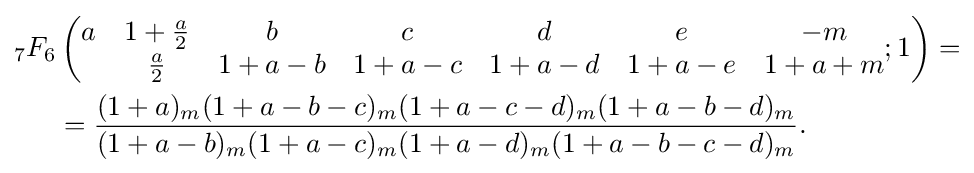
{\begin{aligned}{}_{7}F_{6}&\left({\begin{matrix}a&1+{\frac {a}{2}}&b&c&d&e&-m\\&{\frac {a}{2}}&1+a-b&1+a-c&1+a-d&1+a-e&1+a+m\\\end{matrix}};1\right)=\\&={\frac {(1+a)_{m}(1+a-b-c)_{m}(1+a-c-d)_{m}(1+a-b-d)_{m}}{(1+a-b)_{m}(1+a-c)_{m}(1+a-d)_{m}(1+a-b-c-d)_{m}}}.\end{aligned}}